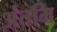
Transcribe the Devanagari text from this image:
अंतमि